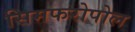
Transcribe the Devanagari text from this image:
सिमफरोपोल